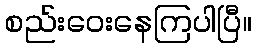
စည်းဝေးနေကြပါပြီ။